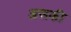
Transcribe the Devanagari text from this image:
असकी